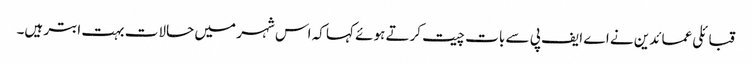
قبائلی عمائدین نے اے ایف پی سے بات چیت کرتے ہوئے کہا کہ اس شہر میں حالات بہت ابتر ہیں۔